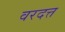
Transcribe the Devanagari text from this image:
वरदत्त